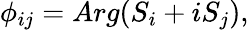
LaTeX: \phi_{ij}={Arg}(S_{i}+iS_{j}),